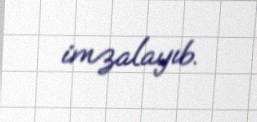
imzalayıb.